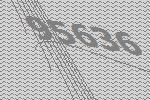
95636